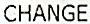
CHANGE